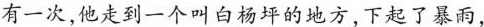
有一次,他走到一个叫白杨坪的地方，下起了暴雨，